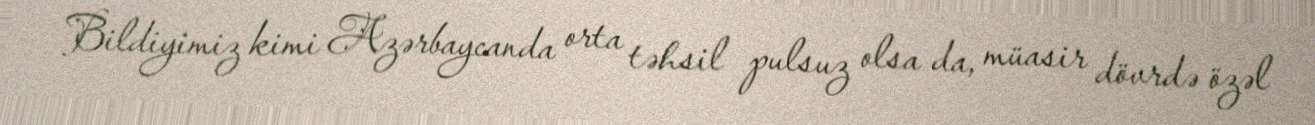
Bildiyimiz kimi Azərbaycanda orta təhsil pulsuz olsa da, müasir dövrdə özəl